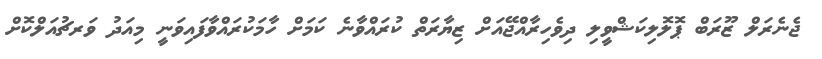
ޖެނެރަލް ޒޫރަބް ޕޮލޮލިކަޝްވީލި ދިވެހިރާއްޖޭއަށް ޒިޔާރަތް ކުރައްވާނެ ކަމަށް ހާމަކުރައްވާފައިވަނީ މިއަދު ވަރޗުއަލްކޮށް